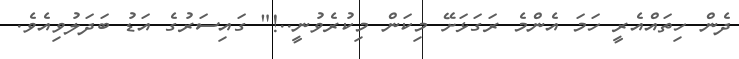
ދެން ހިތައްއެރީ ހަމަ އެންމެ ރަގަޅަށޭ މިކަން މިކުރެވުނީ..!" ގައިސަރުގެ އަޑު ބަދަލުވިއެވެ.